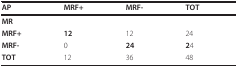
<table><thead><tr><td><b>AP</b></td><td><b>MRF+</b></td><td><b>MRF-</b></td><td><b>TOT</b></td></tr></thead><tbody><tr><td><b>MR</b></td><td></td><td></td><td></td></tr><tr><td><b>MRF+</b></td><td><b>12</b></td><td>12</td><td>24</td></tr><tr><td><b>MRF-</b></td><td>0</td><td><b>24</b></td><td><b>2</b>4</td></tr><tr><td><b>TOT</b></td><td>12</td><td>36</td><td>48</td></tr></tbody></table>